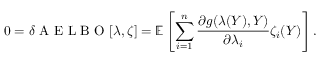
0 = \delta \mathrm { ~ A ~ E ~ L ~ B ~ O ~ } [ \lambda , \zeta ] = \mathbb { E } \left[ \sum _ { i = 1 } ^ { n } \frac { \partial g ( \lambda ( Y ) , Y ) } { \partial \lambda _ { i } } \zeta _ { i } ( Y ) \right] .